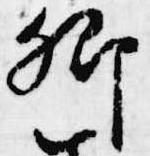
卿